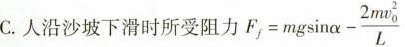
C.人沿沙坡下滑时所受阻力$$F _ { f } = m g s i n α - \frac { 2 m v _ { 0 } ^ { 2 } } { L }$$